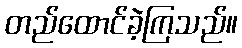
တည်ထောင်ခဲ့ကြသည်။